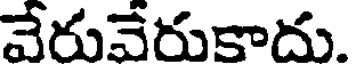
వేరువేరుకాదు.